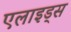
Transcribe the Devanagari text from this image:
एलाइड्स